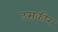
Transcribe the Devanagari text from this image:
उसकीर